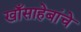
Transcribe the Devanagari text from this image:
खाँसाहेबांचे